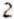
2